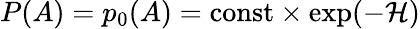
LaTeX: P(A)=p_{0}(A)={\mathrm{const}}\times\exp(-{\mathcal{H}})